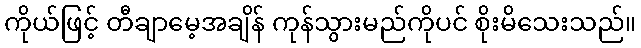
ကိုယ်ဖြင့် တီချာမေ့အချိန် ကုန်သွားမည်ကိုပင် စိုးမိသေးသည်။